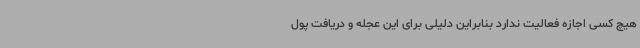
هیچ کسی اجازه فعالیت ندارد بنابراین دلیلی برای این عجله و دریافت پول